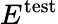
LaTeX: E^{\mathrm{test}}